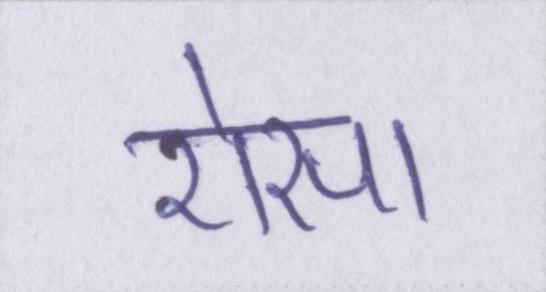
ऐसा